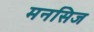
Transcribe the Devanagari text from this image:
मनसिज